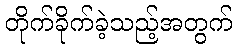
တိုက်ခိုက်ခဲ့သည့်အတွက်